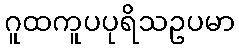
ဂူထကူပပုရိသဥပမာ